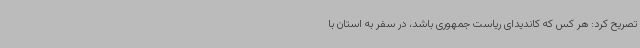
تصریح کرد: هر کس که کاندیدای ریاست جمهوری باشد، در سفر به استان با